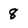
Character: 8